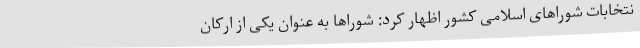
نتخابات شوراهای اسلامی کشور اظهار کرد: شوراها به عنوان یکی از ارکان